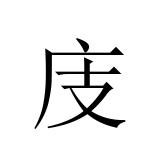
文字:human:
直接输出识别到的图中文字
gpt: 庋